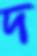
দ